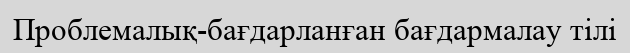
Проблемалық-бағдарланған бағдармалау тілі